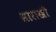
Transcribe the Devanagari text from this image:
साराखी